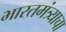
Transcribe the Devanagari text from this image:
भारतमंत्र्याचा